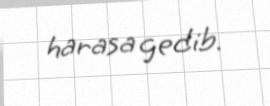
harasa gedib.